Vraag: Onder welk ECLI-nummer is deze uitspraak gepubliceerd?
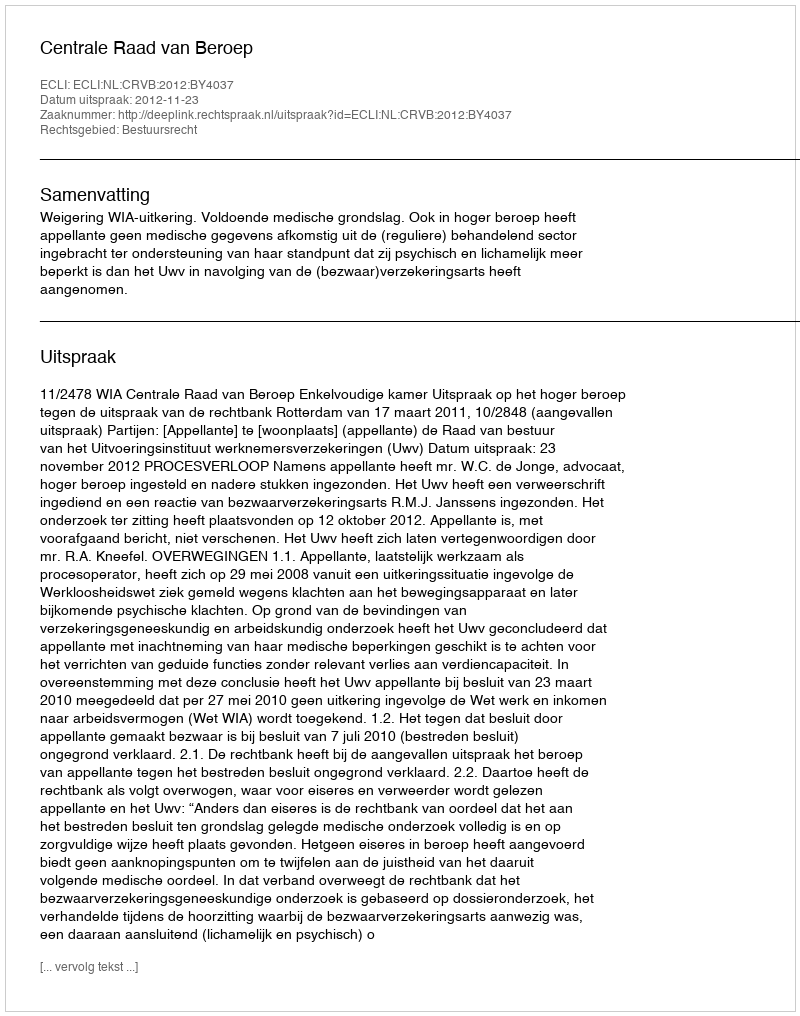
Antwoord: ECLI:NL:CRVB:2012:BY4037